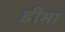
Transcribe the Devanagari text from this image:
डीमा